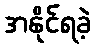
အနိုင်ရခဲ့